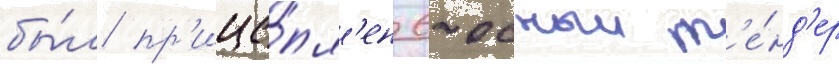
бы́л пр'ице́пл'ен 6-осныи т'е́нд'ер